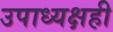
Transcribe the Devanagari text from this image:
उपाध्यक्षही